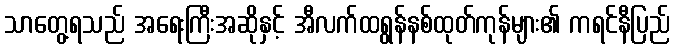
သာတွေ့ရသည် အရေးကြီးအဆိုနှင့် အီလက်ထရွန်နစ်ထုတ်ကုန်များ၏ ကရင်နီပြည်